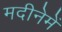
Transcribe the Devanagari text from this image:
मदीनेमें